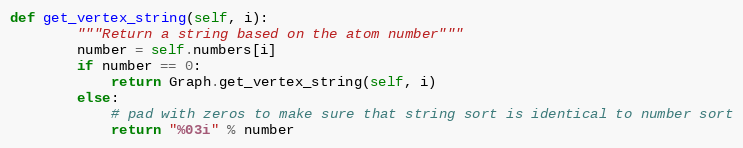
Language: Python
def get_vertex_string(self, i):
        """Return a string based on the atom number"""
        number = self.numbers[i]
        if number == 0:
            return Graph.get_vertex_string(self, i)
        else:
            # pad with zeros to make sure that string sort is identical to number sort
            return "%03i" % number